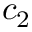
c _ { 2 }